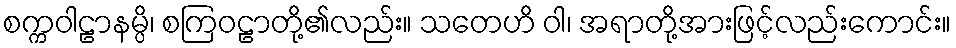
စက္ကဝါဠာနမ္ပိ၊ စကြဝဠာတို့၏လည်း။ သတေဟိ ဝါ၊ အရာတို့အားဖြင့်လည်းကောင်း။